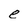
Character: e